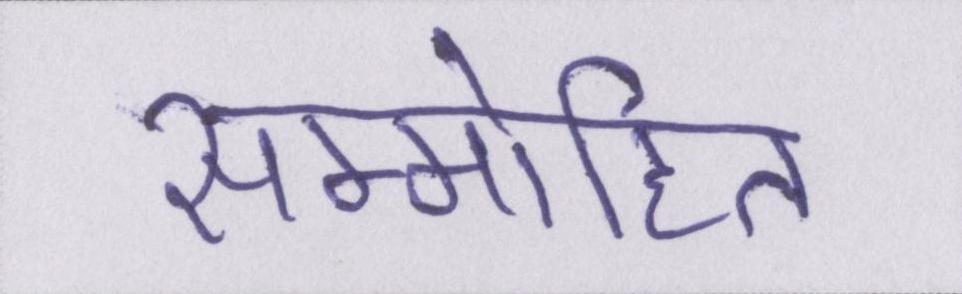
सम्मोहित